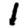
Digit: 1